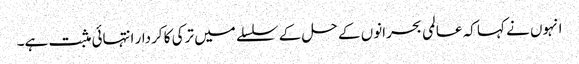
انہوں نے کہا کہ عالمی بحرانوں کے حل کے سلسلے میں ترکی کا کردار انتہائی مثبت ہے۔